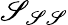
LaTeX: \mathscr{S}_{\mathscr{S}\mathscr{S}}